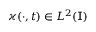
\varkappa ( \cdot , t ) \in L ^ { 2 } ( \mathbb { I } )